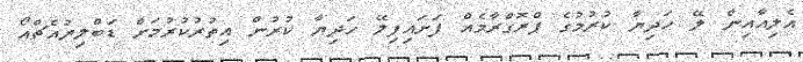
އެލިއާއިން ލޭ ހަދިޔާ ކުރުމުގެ ޕްރޮގްރާމެއް ފަށައިފިލޭ ހަދިޔާ ކުރުން އިތުރުކުރުމަށް ޑަބްލިޔުއެޗްއޯ